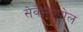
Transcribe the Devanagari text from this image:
सेवेस्तापोल